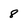
Character: 8